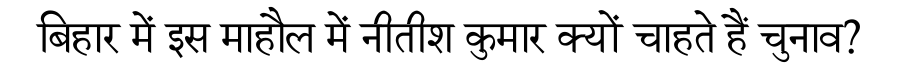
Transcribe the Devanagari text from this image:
बिहार में इस माहौल में नीतीश कुमार क्यों चाहते हैं चुनाव?